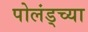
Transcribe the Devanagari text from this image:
पोलंड्च्या